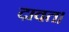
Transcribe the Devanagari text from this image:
दावत।